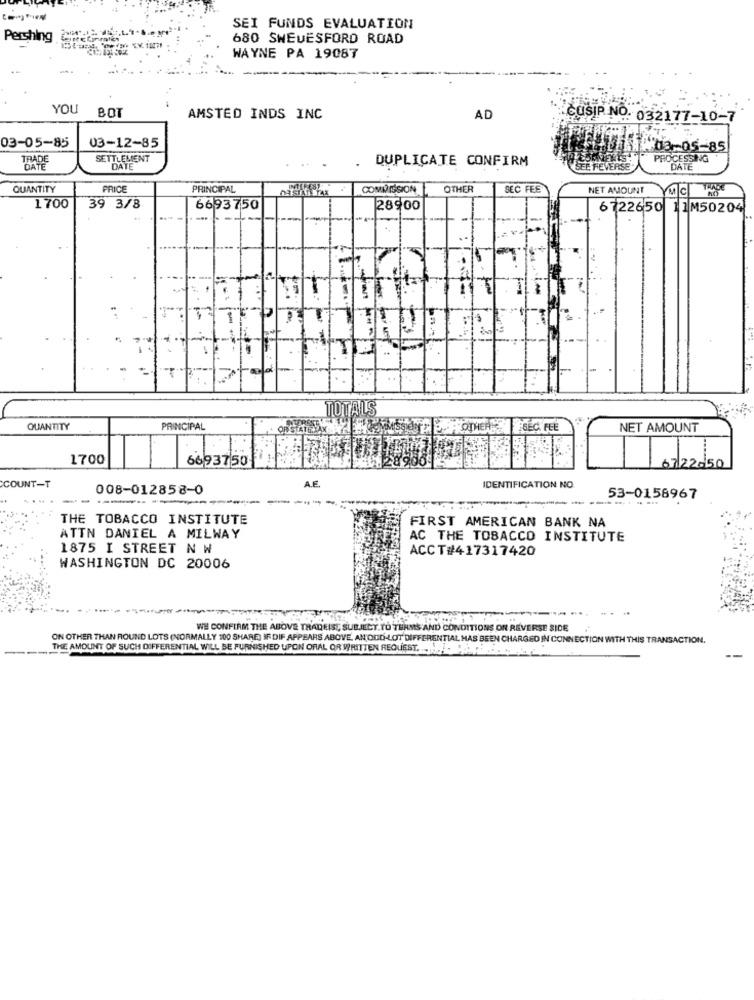
SEI FUNDS EVALUATION
Pershing
680 SHEUESFORD ROAD
WAYNE PA 19087
YOU
BOT
AMSTED INDS INC
AD
CUSIP NO. 032177-10-7
03-05-85
03-12-85
#03-05-85
PROCESSING
CAPE
SETTLEMENT
DUPLICATE CONFIRM
SEE REVERSE
DATE
QUANTITY
PRICE
PRINCIPAL
COMMISSION
OTHER
SEC FEE
NET AMOUNT
MC 68
1700
39 3/8
6693750
28900
6722650 11M50204
-
TOTALS
QUANTITY
PRINCIPAL
OTHER
SEC. FEE
NET AMOUNT
1700
6693750
67 22050
A.F.
COUNT-T
008-012858-0
IDENTIFICATION NO
--
-
53-0158967
THE TOBACCO INSTITUTE
FIRST AMERICAN BANK NA
ATTN DANIEL A MILWAY
AC THE TOBACCO INSTITUTE
1875 I STREET N W
ACCT#417317420
WASHINGTON DC 20006
WE CONFIRM THE ABOVE TRADEIST, SUBJECT TO TERMS AND CONDITIONS ON REVERSE SIDE
ON OTHER THAN ROUND LOTS (NORMALLY 100 SHARE) IF DIF APPEARS ABOVE. AN'OUD-LOT DIFFERENTIAL HAS BEEN CHARGED IN CONNECTION WITH THIS TRANSACTION.
THE AMOUNT OF SUCH DIFFERENTIAL WILL BE FURNISHED UPON ORAL OR WRITTEN REQUEST. . .... .. .. ....